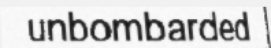
unbombarded